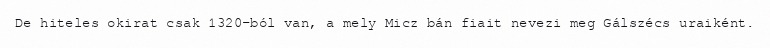
De hiteles okirat csak 1320-ból van, a mely Micz bán fiait nevezi meg Gálszécs uraiként.